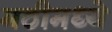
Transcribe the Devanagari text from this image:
मठीमध्ये